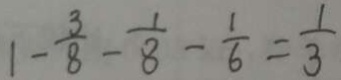
1 - \frac { 3 } { 8 } - \frac { 1 } { 8 } - \frac { 1 } { 6 } = \frac { 1 } { 3 }